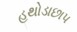
હથોડાછાપ